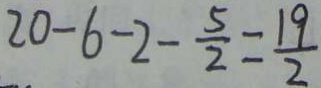
2 0 - 6 - 2 - \frac { 5 } { 2 } = \frac { 1 9 } { 2 }